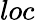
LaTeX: loc